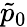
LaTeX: \tilde{p}_{0}